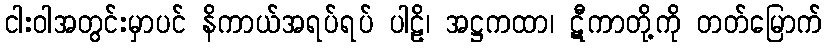
ငါးဝါအတွင်းမှာပင် နိကာယ်အရပ်ရပ် ပါဠိ၊ အဋ္ဌကထာ၊ ဋီကာတို့ကို တတ်မြောက်